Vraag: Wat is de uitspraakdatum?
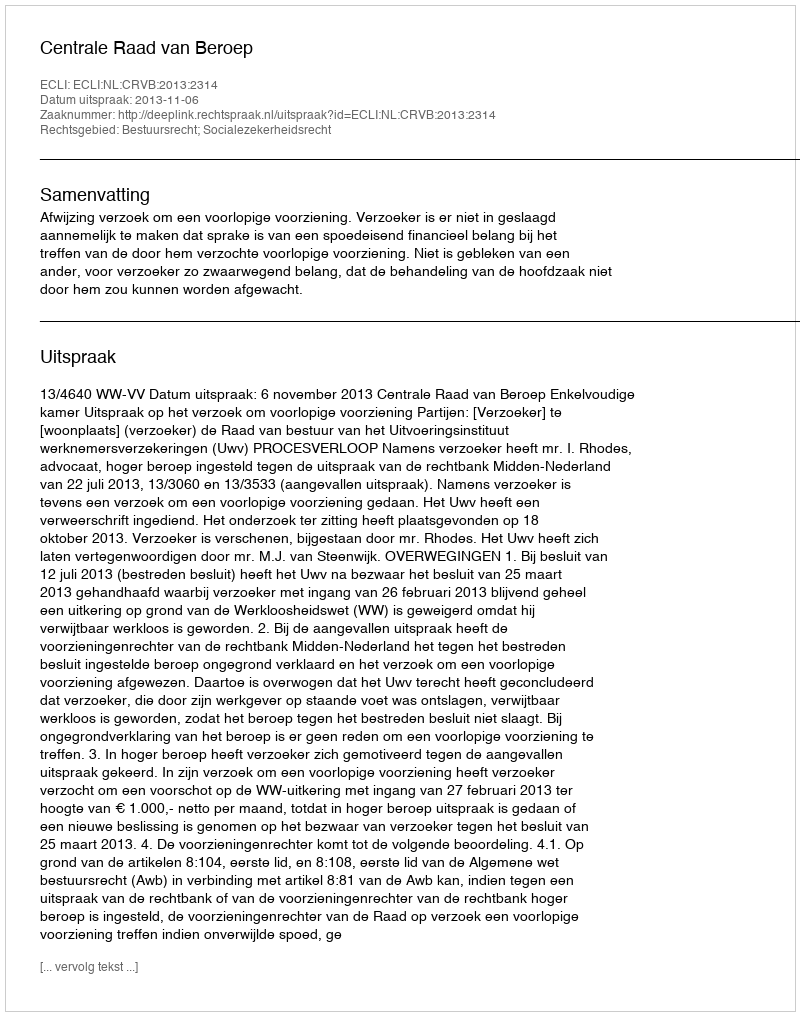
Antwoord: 2013-11-06